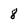
Character: 8